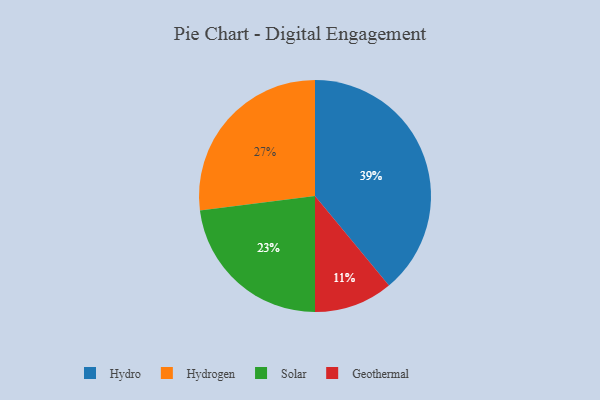
{"axis": {"x": "Category", "y": "Percentage"}, "legend": ["Geothermal", "Hydro", "Hydrogen", "Solar"], "data": [{"x": "Geothermal", "y": 11, "type": "Geothermal"}, {"x": "Solar", "y": 23, "type": "Solar"}, {"x": "Hydrogen", "y": 27, "type": "Hydrogen"}, {"x": "Hydro", "y": 39, "type": "Hydro"}]}